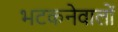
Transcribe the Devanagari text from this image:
भटकनेवालों